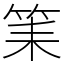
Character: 筙